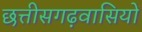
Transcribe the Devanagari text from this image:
छत्तीसगढ़वासियों